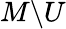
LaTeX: M\backslash U